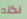
نكته